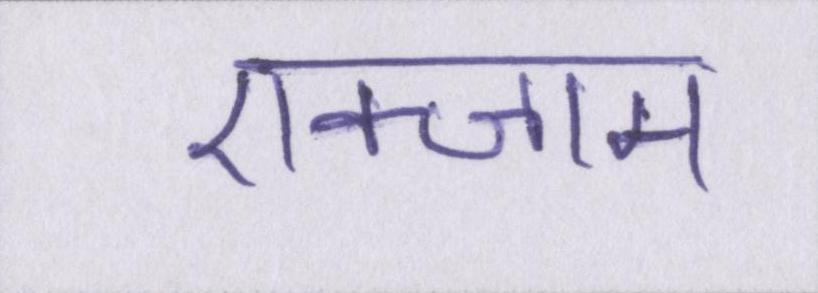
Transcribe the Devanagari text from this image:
एक्जाम